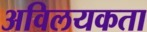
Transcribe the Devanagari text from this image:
अविलयकता